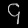
Digit: ၄